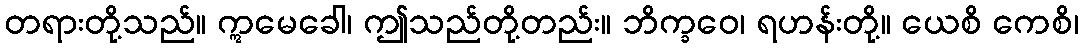
တရားတို့သည်။ ဣမေခေါ၊ ဤသည်တို့တည်း။ ဘိက္ခဝေ၊ ရဟန်းတို့။ ယေစိ ကေစိ၊